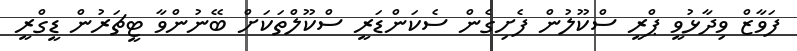
ފަވާޒް ވިދާޅުވީ ޕްރީ ސްކޫލުން ފެށިގެން ސެކަންޑަރީ ސްކޫލްތަކަށް ބޭނުންވާ ޓީޗަރުން ޑީގްރީ